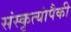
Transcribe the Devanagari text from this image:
संस्कृत्यांपैकी